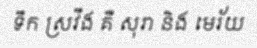
ទឹក ស្រវឹង គឺ សុរា និង មេរ័យ